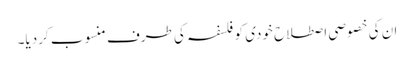
ان کی خصوصی اصطلاح خودی کو فلسفہ کی طرف منسوب کردیا۔